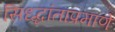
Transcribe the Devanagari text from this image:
सिध्द्धांताप्रमाणे